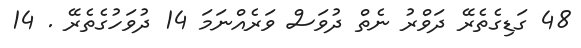
48 ގަޑިގެތެރޭ ދަވްރު ނެތް ދުވަސް ވަރެއްނަމަ 14 ދުވަހުގެތެރޭ . 14